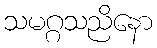
သမဂ္ဂသညိနော